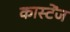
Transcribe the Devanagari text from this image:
कास्टेंज